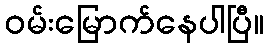
ဝမ်းမြောက်နေပါပြီ။